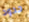
حدود